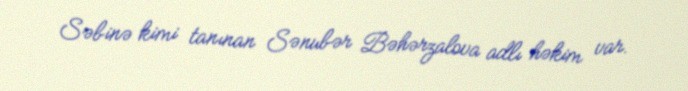
Səbinə kimi tanınan Sənubər Bəhərzalova adlı həkim var.